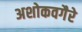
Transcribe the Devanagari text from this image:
अशोकवगैरे